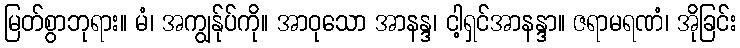
မြတ်စွာဘုရား။ မံ၊ အကျွန်ုပ်ကို။ အာဝုသော အာနန္ဒ၊ ငါ့ရှင်အာနန္ဒာ။ ဇရာမရဏံ၊ အိုခြင်း